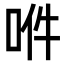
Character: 𠲟